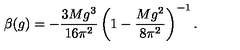
\beta ( g ) = - \frac { 3 M g ^ { 3 } } { 1 6 \pi ^ { 2 } } \left( 1 - \frac { M g ^ { 2 } } { 8 \pi ^ { 2 } } \right) ^ { - 1 } .